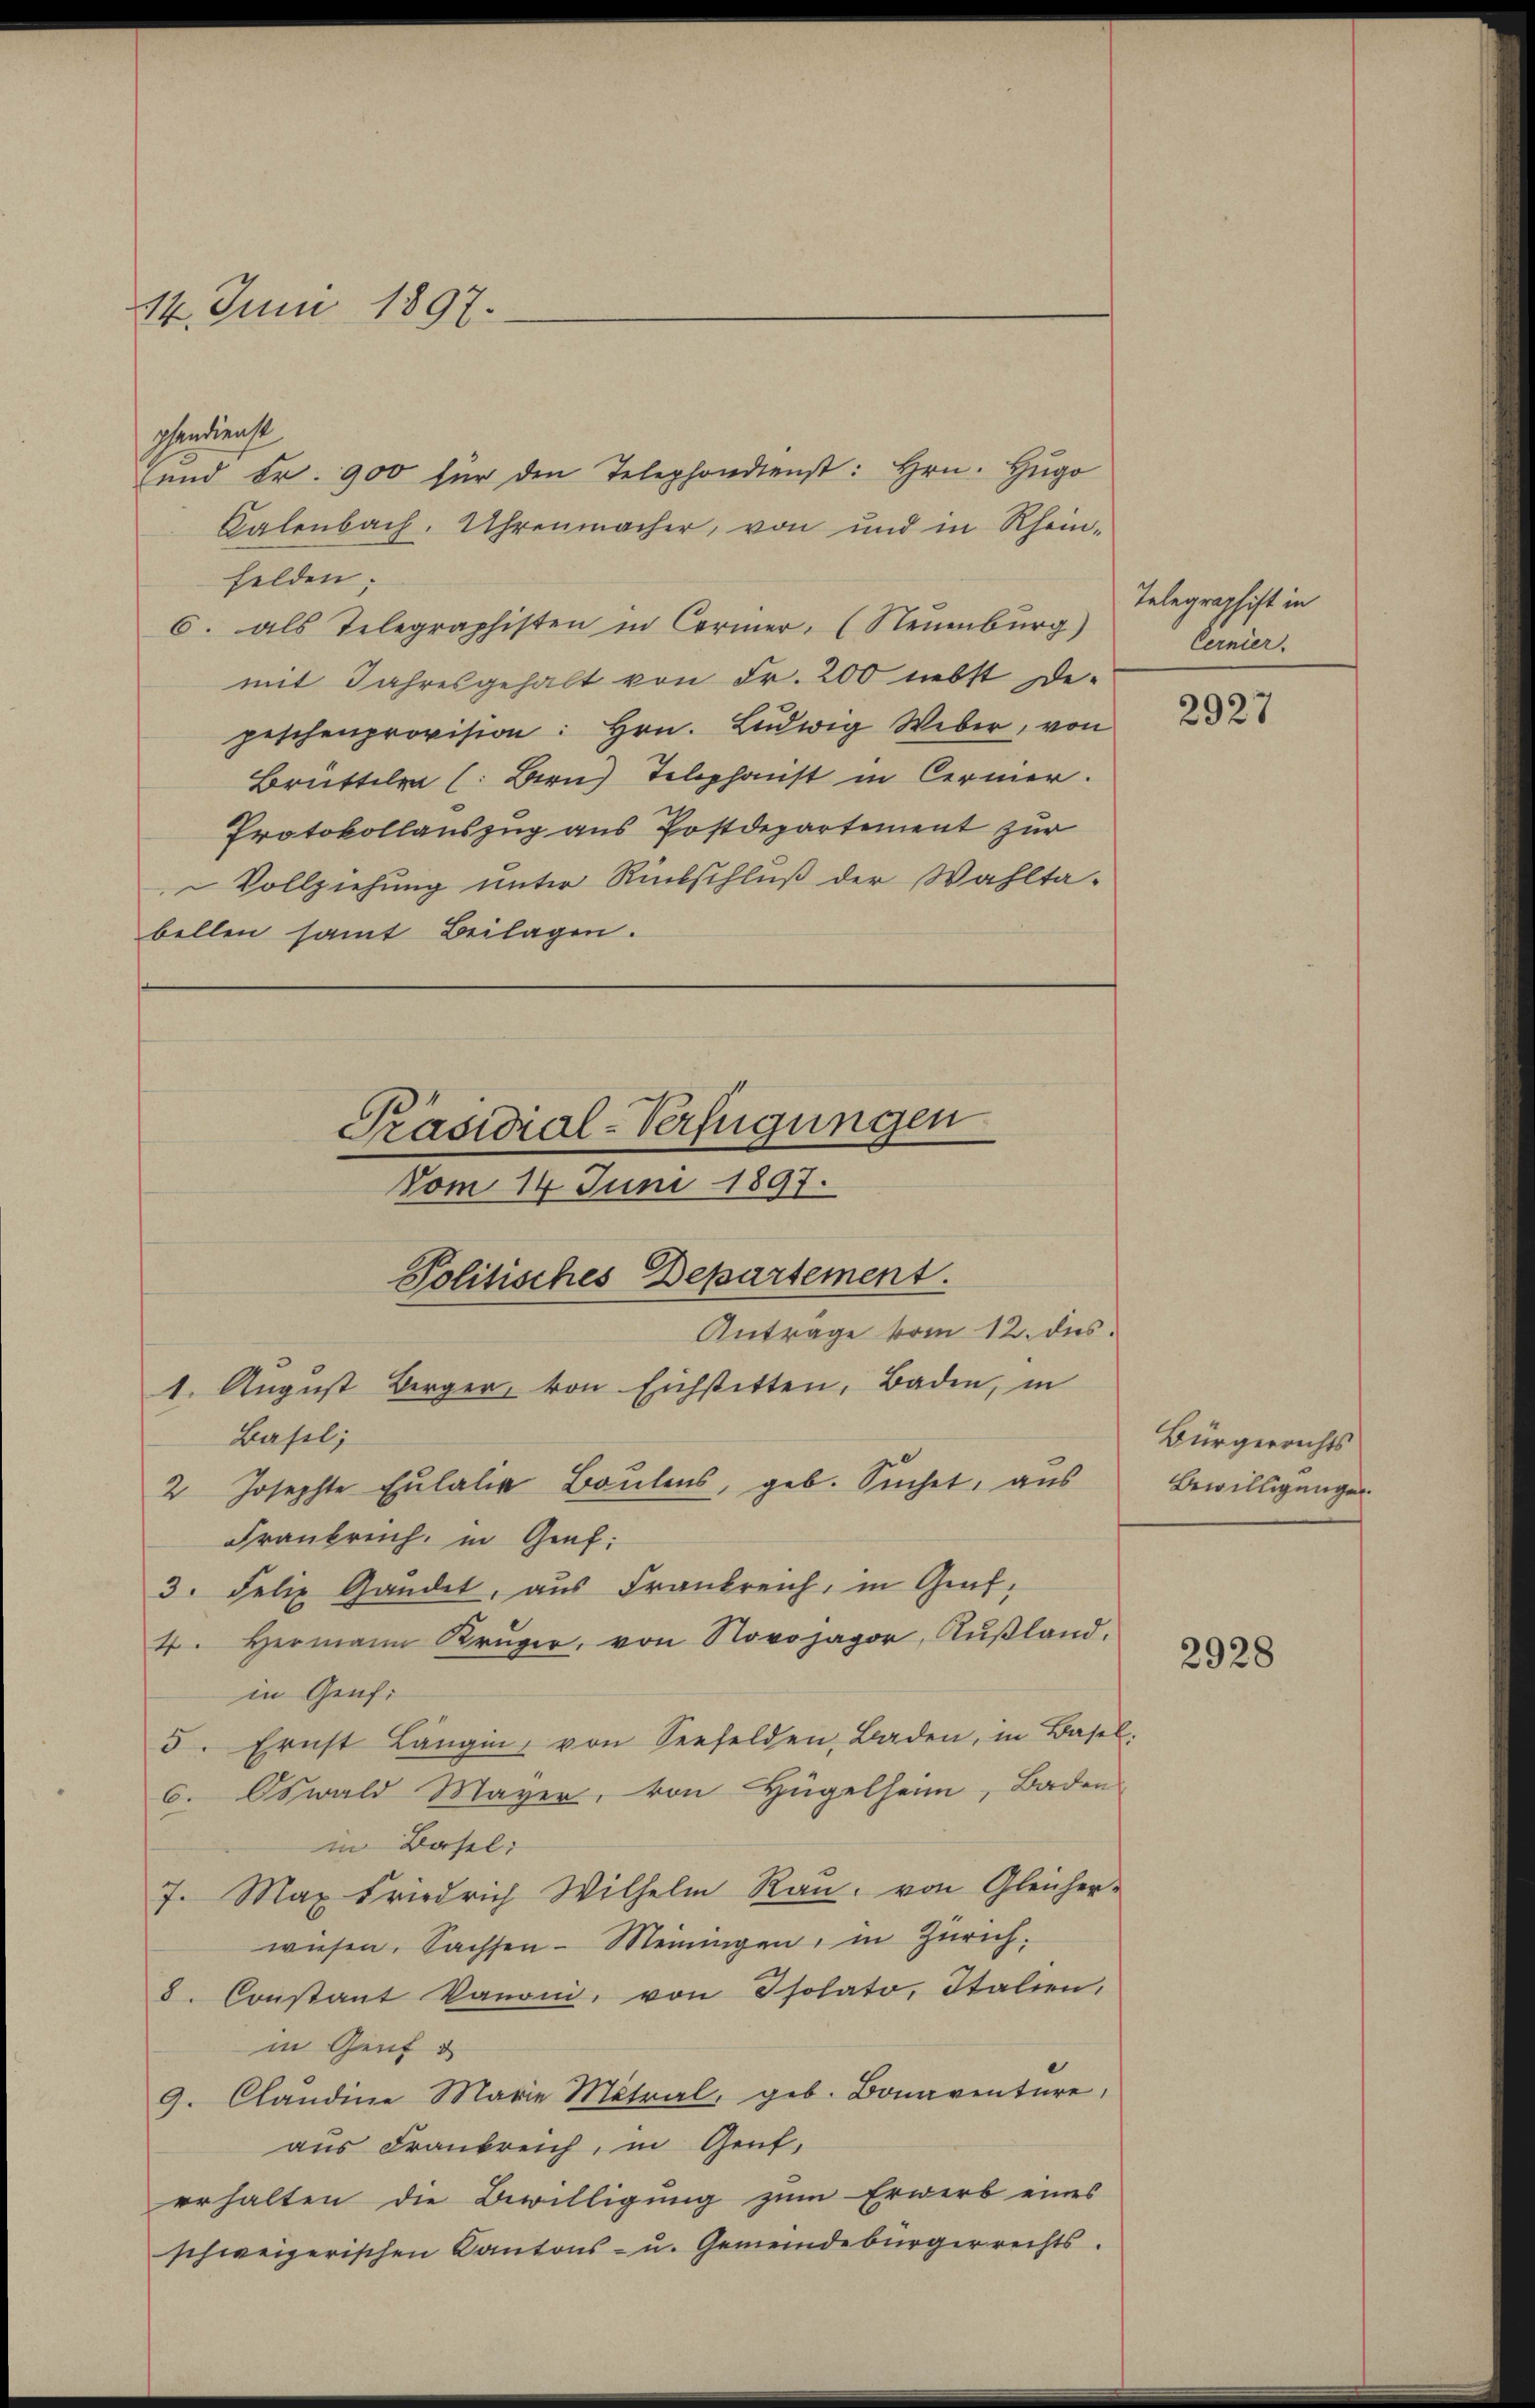
14. Juni 1897.

pendienst
und Fr. 900 für den Telephondienst: Hrn. Hŭgo
Salenbach. Uhrenmacher, von und in Rhein-
felden;
6. als Telegraphisten in Carmer. (Neuenburg)
mit Jahresgehalt von Fr. 200 nebst Depeschenprovision: hrn. Ludwig Weber, von
Brüttela (: Bern) Telephanst in Cermer.
Protokollauszug aus Postdepartement zur
Vollziehung unter Rückschluß der Wahltabellen samt Beilagen.

Präsidial-Verfügungen
Vom 14. Juni 1897.
Politisches Departement.

Antrage vom 12. des

1. August Berger, von Eichstitten, Baden, in
Basel;
Franbruch, in Graf:
3. Felix Gandet, aus Frankreich, in Graf,
4. Hermann Krüger, von Novojagor, Aŭβland.
in Genf
5. Ernst Langin, von Seefelden, Baden, in Basel:
6. Oswald Mayer, von Hügelhain, Baden
in Basel:
7. Max Friedrich Wilhelm Raŭ, von Gleicher-
wiesen. Sachsen-Meinigen, in Zürich.
8. Constant Kanoni, von Isolato, Italien,
in Genf u
9. Claudine Marie Mitral, geb. Bonaventure,
aus Frankreich, in Genf,
erhalten die Bewilligung zum Erwerb eines
schweizerischen Kantons- u. Gemeindebürgerrechts.

2 Josephte Eulalia Boulens, geb. Suchet, aus

Telegraphist in
Cernier.

2927

Bürgerrichts
Bewilligungen.

2928